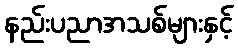
နည်းပညာအသစ်များနှင့်